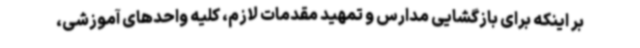
بر اینکه برای بازگشایی مدارس و تمهید مقدمات لازم، کلیه واحدهای آموزشی،